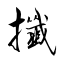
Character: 攕